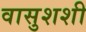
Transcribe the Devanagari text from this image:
वासुशशी